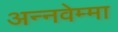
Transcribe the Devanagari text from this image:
अन्नवेम्मा